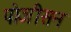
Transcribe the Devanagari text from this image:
पोजीसन